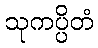
သုကပ္ပိတံ